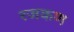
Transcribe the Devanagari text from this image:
रजकण